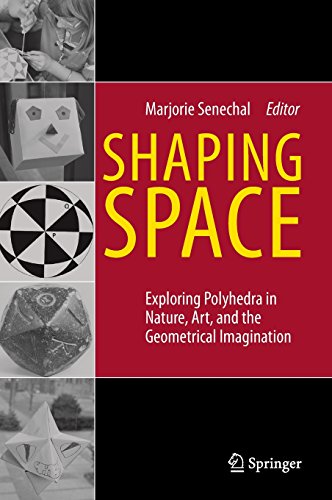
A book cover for Shaping Space: Exploring Polyhedra in Nature, Art, and the Geometrical Imagination; Science & Math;